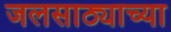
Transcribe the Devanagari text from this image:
जलसाठ्याच्या